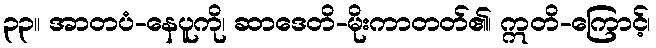
၃၃။ အာတပံ-နေပူကို၊ ဆာဒေတိ-မိုးကာတတ်၏၊ ဣတိ-ကြောင့်၊